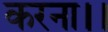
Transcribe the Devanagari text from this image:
करना।।